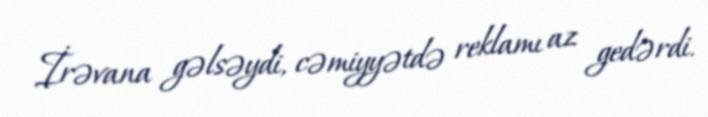
İrəvana gəlsəydi, cəmiyyətdə reklamı az gedərdi.